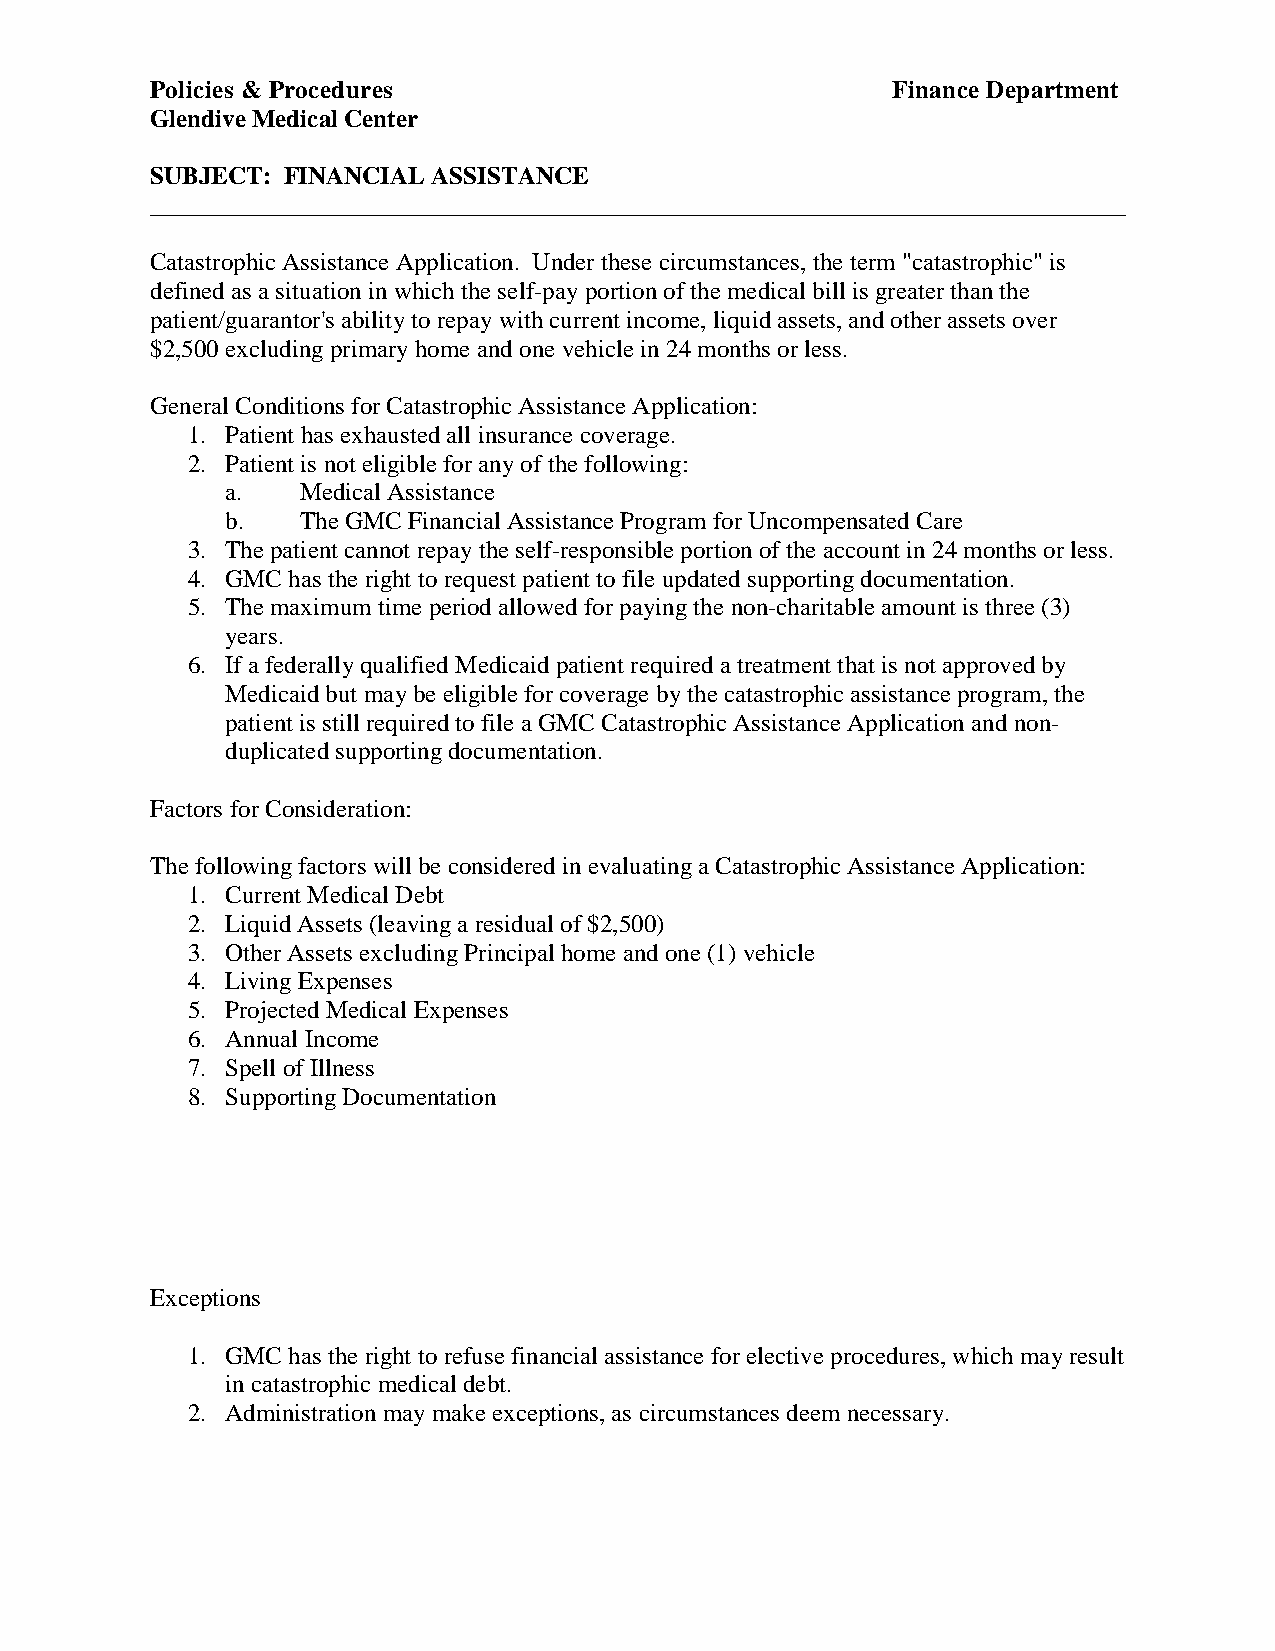
Policies & Procedures                            Finance Department
 Glendive Medical Center
 SUBJECT: FINANCIAL ASSISTANCE
 ______________________________________________________________________________
 Catastrophic Assistance Application. Under these circumstances, the term "catastrophic" is
 defined as a situation in which the self-pay portion of the medical bill is greater than the
 patient/guarantor's ability to repay with current income, liquid assets, and other assets over
 $2,500 excluding primary home and one vehicle in 24 months or less.
 General Conditions for Catastrophic Assistance Application:
 1. Patient has exhausted all insurance coverage.
 2. Patient is not eligible for any of the following:
 a.   Medical Assistance
 b.   The GMC Financial Assistance Program for Uncompensated Care
 3. The patient cannot repay the self-responsible portion of the account in 24 months or less.
 4. GMC has the right to request patient to file updated supporting documentation.
 5. The maximum time period allowed for paying the non-charitable amount is three (3)
 years.
 6. If a federally qualified Medicaid patient required a treatment that is not approved by
 Medicaid but may be eligible for coverage by the catastrophic assistance program, the
 patient is still required to file a GMC Catastrophic Assistance Application and non-
 duplicated supporting documentation.
 Factors for Consideration:
 The following factors will be considered in evaluating a Catastrophic Assistance Application:
 1. Current Medical Debt
 2. Liquid Assets (leaving a residual of $2,500)
 3. Other Assets excluding Principal home and one (1) vehicle
 4. Living Expenses
 5. Projected Medical Expenses
 6. Annual Income
 7. Spell of Illness
 8. Supporting Documentation
 Exceptions
 1. GMC has the right to refuse financial assistance for elective procedures, which may result
 in catastrophic medical debt.
 2. Administration may make exceptions, as circumstances deem necessary.